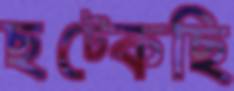
ছট্‌কেছি